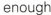
enough